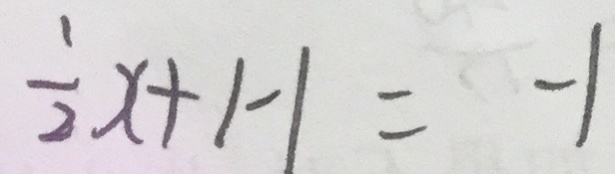
\frac { 1 } { 2 } x + 1 - 1 = - 1